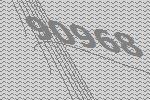
90968